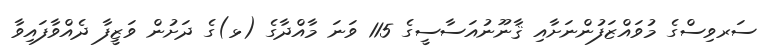
ސަރވިސްގެ މުވައްޒަފުންނަށާއި ޤާނޫނުއަސާސީގެ 115 ވަނަ މާއްދާގެ (ޅ)ގެ ދަށުން ވަޒީފާ ދެއްވާފައިވާ